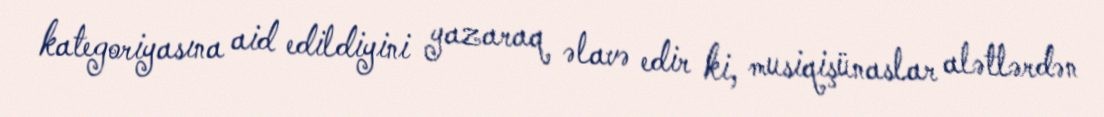
kategoriyasına aid edildiyini yazaraq əlavə edir ki, musiqişünaslar alətlərdən